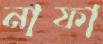
নাফা